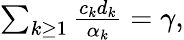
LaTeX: \begin{array}{r}{\sum_{k\geq 1}\frac{c_{k}d_{k}}{\alpha_{k}}=\gamma,}\end{array}